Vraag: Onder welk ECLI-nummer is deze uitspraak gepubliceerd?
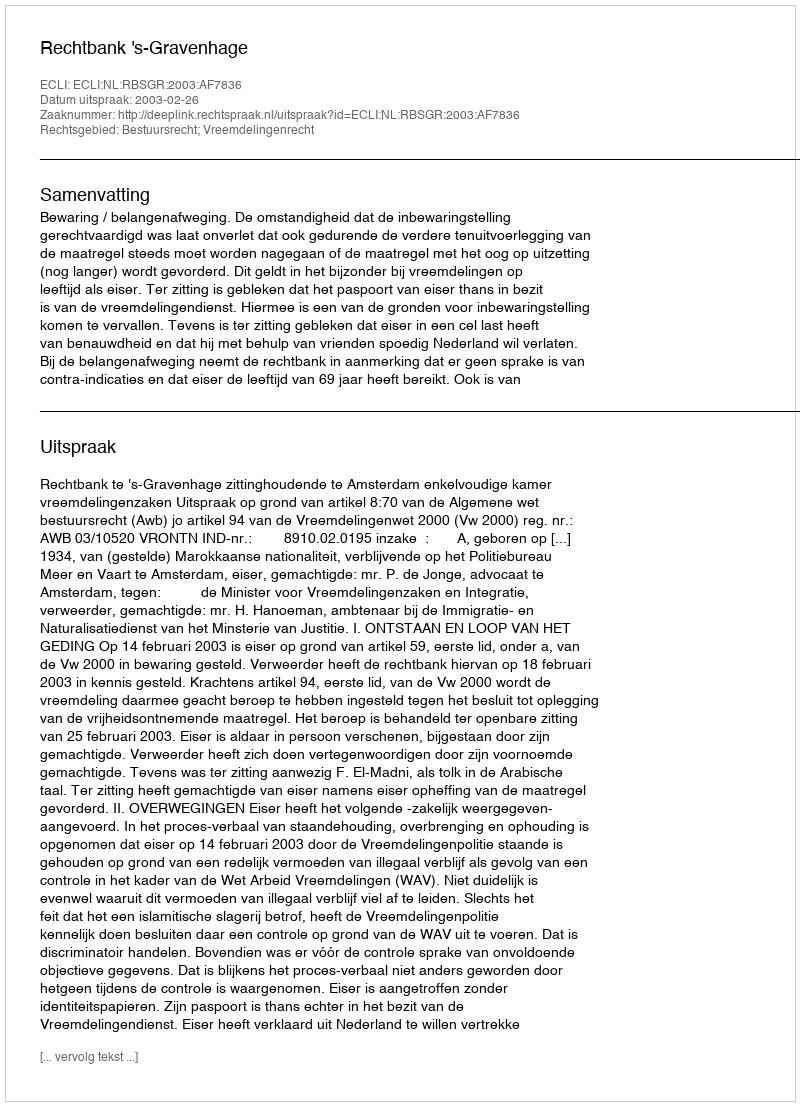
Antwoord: ECLI:NL:RBSGR:2003:AF7836